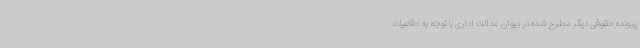
پرونده حقوقی دیگر مطرح شده در دیوان عدالت اداری با توجه به دفاعیات